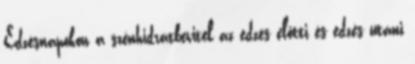
Edzésnapokon a szénhidrátbevitel az edzés előtti és edzés utáni